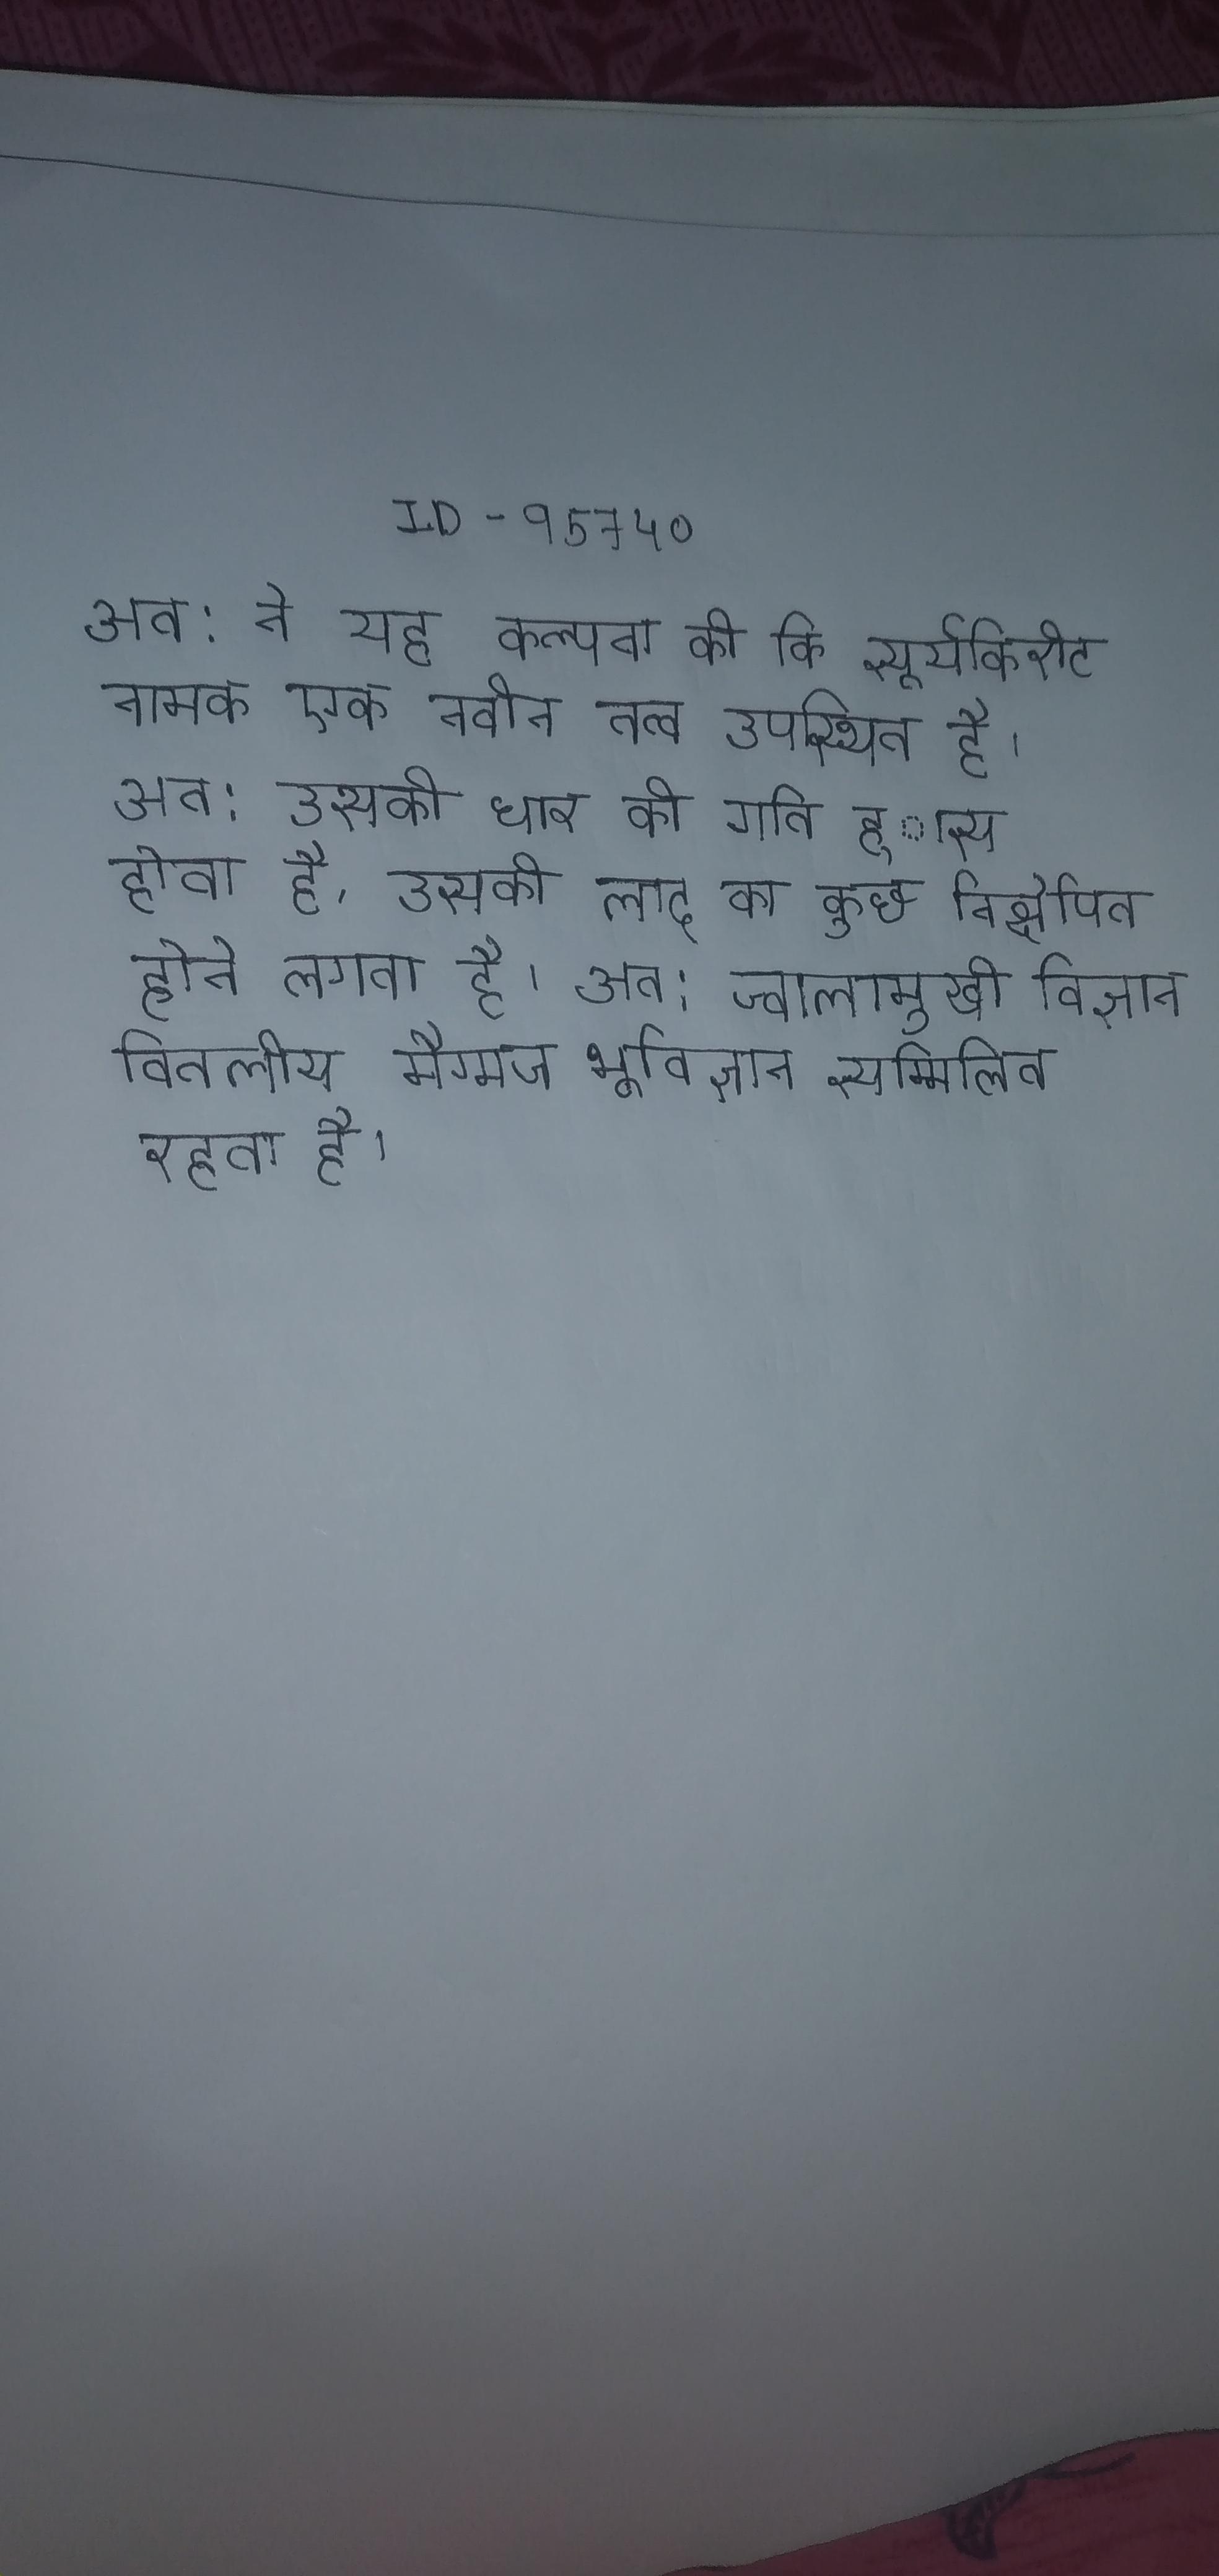
अत: ने यह कल्पना की कि सूर्यकिरीट नामक एक नवीन तत्व उपस्थित है । अत: उसकी धार की गति ह्ास होता है, उसकी लाद का कुछ निक्षेपित होने लगता है । अत: ज्वालामुखी विज्ञान वितलीय मैग्मज भूविज्ञान सम्मिलित रहता है ।